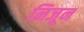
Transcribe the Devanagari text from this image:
निजून